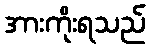
အားကိုးရသည်